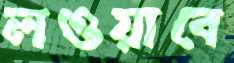
লওয়াবে